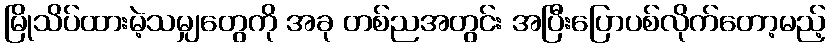
မြိုသိပ်ထားမဲ့သမျှတွေကို အခု တစ်ညအတွင်း အပြီးပြောပစ်လိုက်တော့မည့်